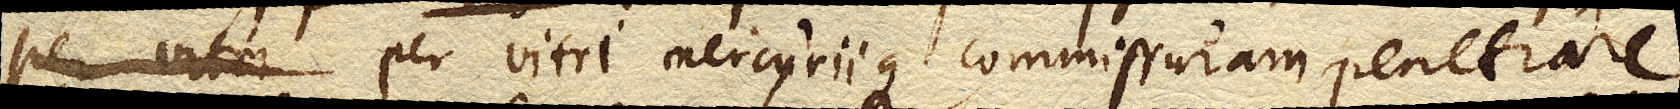
per vitri Mercuriique commissuram penetrare.